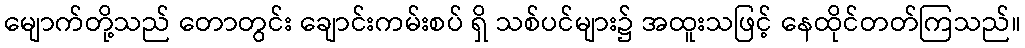
မျောက်တို့သည် တောတွင်း ချောင်းကမ်းစပ် ရှိ သစ်ပင်များ၌ အထူးသဖြင့် နေထိုင်တတ်ကြသည်။